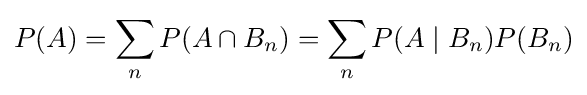
P(A)=\sum _{n}P(A\cap B_{n})=\sum _{n}P(A\mid B_{n})P(B_{n})